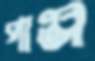
পাঞ্জ